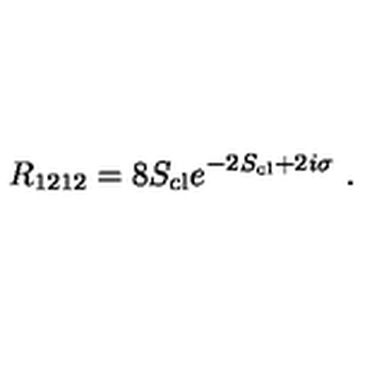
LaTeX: R _ { 1 2 1 2 } = 8 S _ { \mathrm { c l } } e ^ { - 2 S _ { \mathrm { c l } } + 2 i \sigma } \ .